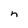
Character: n